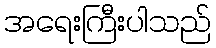
အရေးကြီးပါသည်